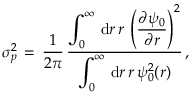
\begin{array} { l } { \displaystyle \sigma _ { p } ^ { 2 } \, = \, \frac 1 { 2 \pi } \, \frac { \displaystyle \int _ { 0 } ^ { \infty } \, \mathrm { d } r \, r \, \left( \frac { \partial \psi _ { 0 } } { \partial r } \right) ^ { 2 } } { \displaystyle \int _ { 0 } ^ { \infty } \, \mathrm { d } r \, r \, \psi _ { 0 } ^ { 2 } ( \boldsymbol { r } ) } \, , } \end{array}